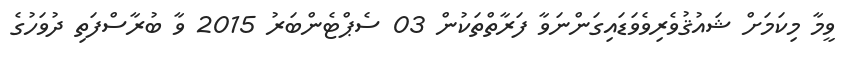
ވީމާ މިކަމަށް ޝައުޤުވެރިވެވަޑައިގަންނަވާ ފަރާތްތަކުން 03 ސެޕްޓެންބަރު 2015 ވާ ބުރާސްފަތި ދުވަހުގެ